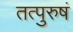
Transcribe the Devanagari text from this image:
तत्पुरुषं